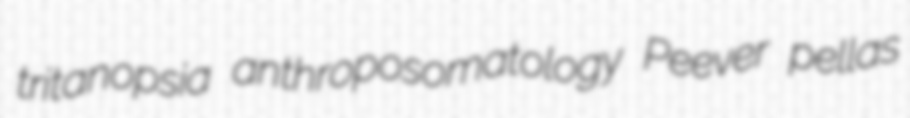
tritanopsia anthroposomatology Peever pellas